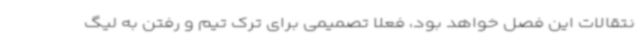
نتقالات این فصل خواهد بود، فعلا تصمیمی برای ترک تیم و رفتن به لیگ